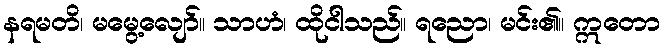
နရမတိ၊ မမွေ့လျော်။ သာဟံ၊ ထိုငါသည်။ ရညော၊ မင်း၏။ ဣတော